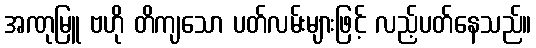
အဏုမြူ ဗဟို တိကျသော ပတ်လမ်းများဖြင့် လည့်ပတ်နေသည်။